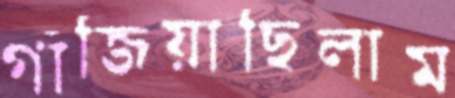
গাঁজিয়াছিলাম